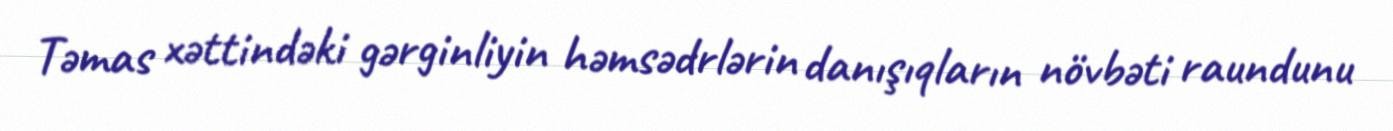
Təmas xəttindəki gərginliyin həmsədrlərin danışıqların növbəti raundunu